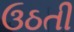
ઉઠતી